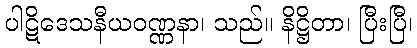
ပါဋိဒေသနီယဝဏ္ဏနာ၊ သည်။ နိဋ္ဌိတာ၊ ပြီးပြီ၊